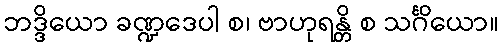
ဘဒ္ဒိယော ခဏ္ဍဒေပါ စ၊ ဗာဟုရန္တိ စ သင်္ဂိယော။